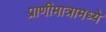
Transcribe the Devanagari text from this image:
प्राणीमात्रामध्ये